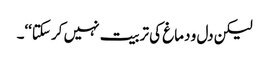
لیکن دل و دماغ کی تربیت نہیں کر سکتا‘‘۔